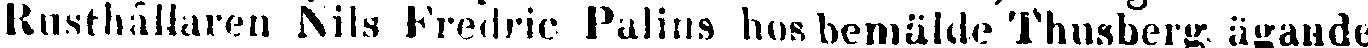
Rusthållaren Nils Fredric Palms hos bemälde Thusberg ägande